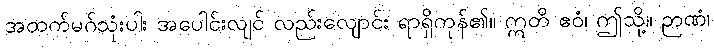
အထက်မဂ်သုံးပါး အပေါင်းလျင် လည်းလျောင်း ရာရှိကုန်၏။ ဣတိ ဧဝံ၊ ဤသို့။ ဉာဏံ၊